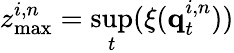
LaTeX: z_{\mathrm{max}}^{i,n}=\underset{t}{\operatorname*{sup}}(\xi(\textbf{q}_{t}^{i,n}))